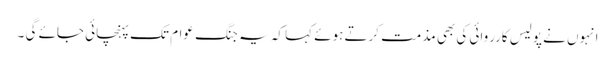
انہوں نے پولیس کارروائی کی بھی مذمت کرتے ہوئے کہا کہ یہ جنگ عوام تک پہنچائی جائے گی ۔